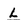
Character: L